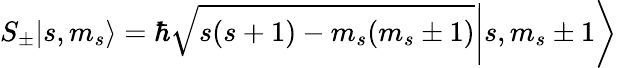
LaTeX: \left.\left.S_{\pm}\right|s,m_{s}\right\rangle=\left.\left.\hbar{\sqrt{s(s+1)-m_{s}(m_{s}\pm 1)}}\right|s,m_{s}\pm 1\right\rangle